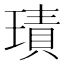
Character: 𱯝